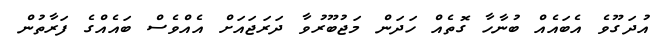
އުދަގޫވެ އެބައެއް ބުނާހާ ގޮތެއް ހަދަން މަޖުބޫރުވާ ދަރަޖައަށް އެއްވެސް ބައެއްގެ ފަރާތުން